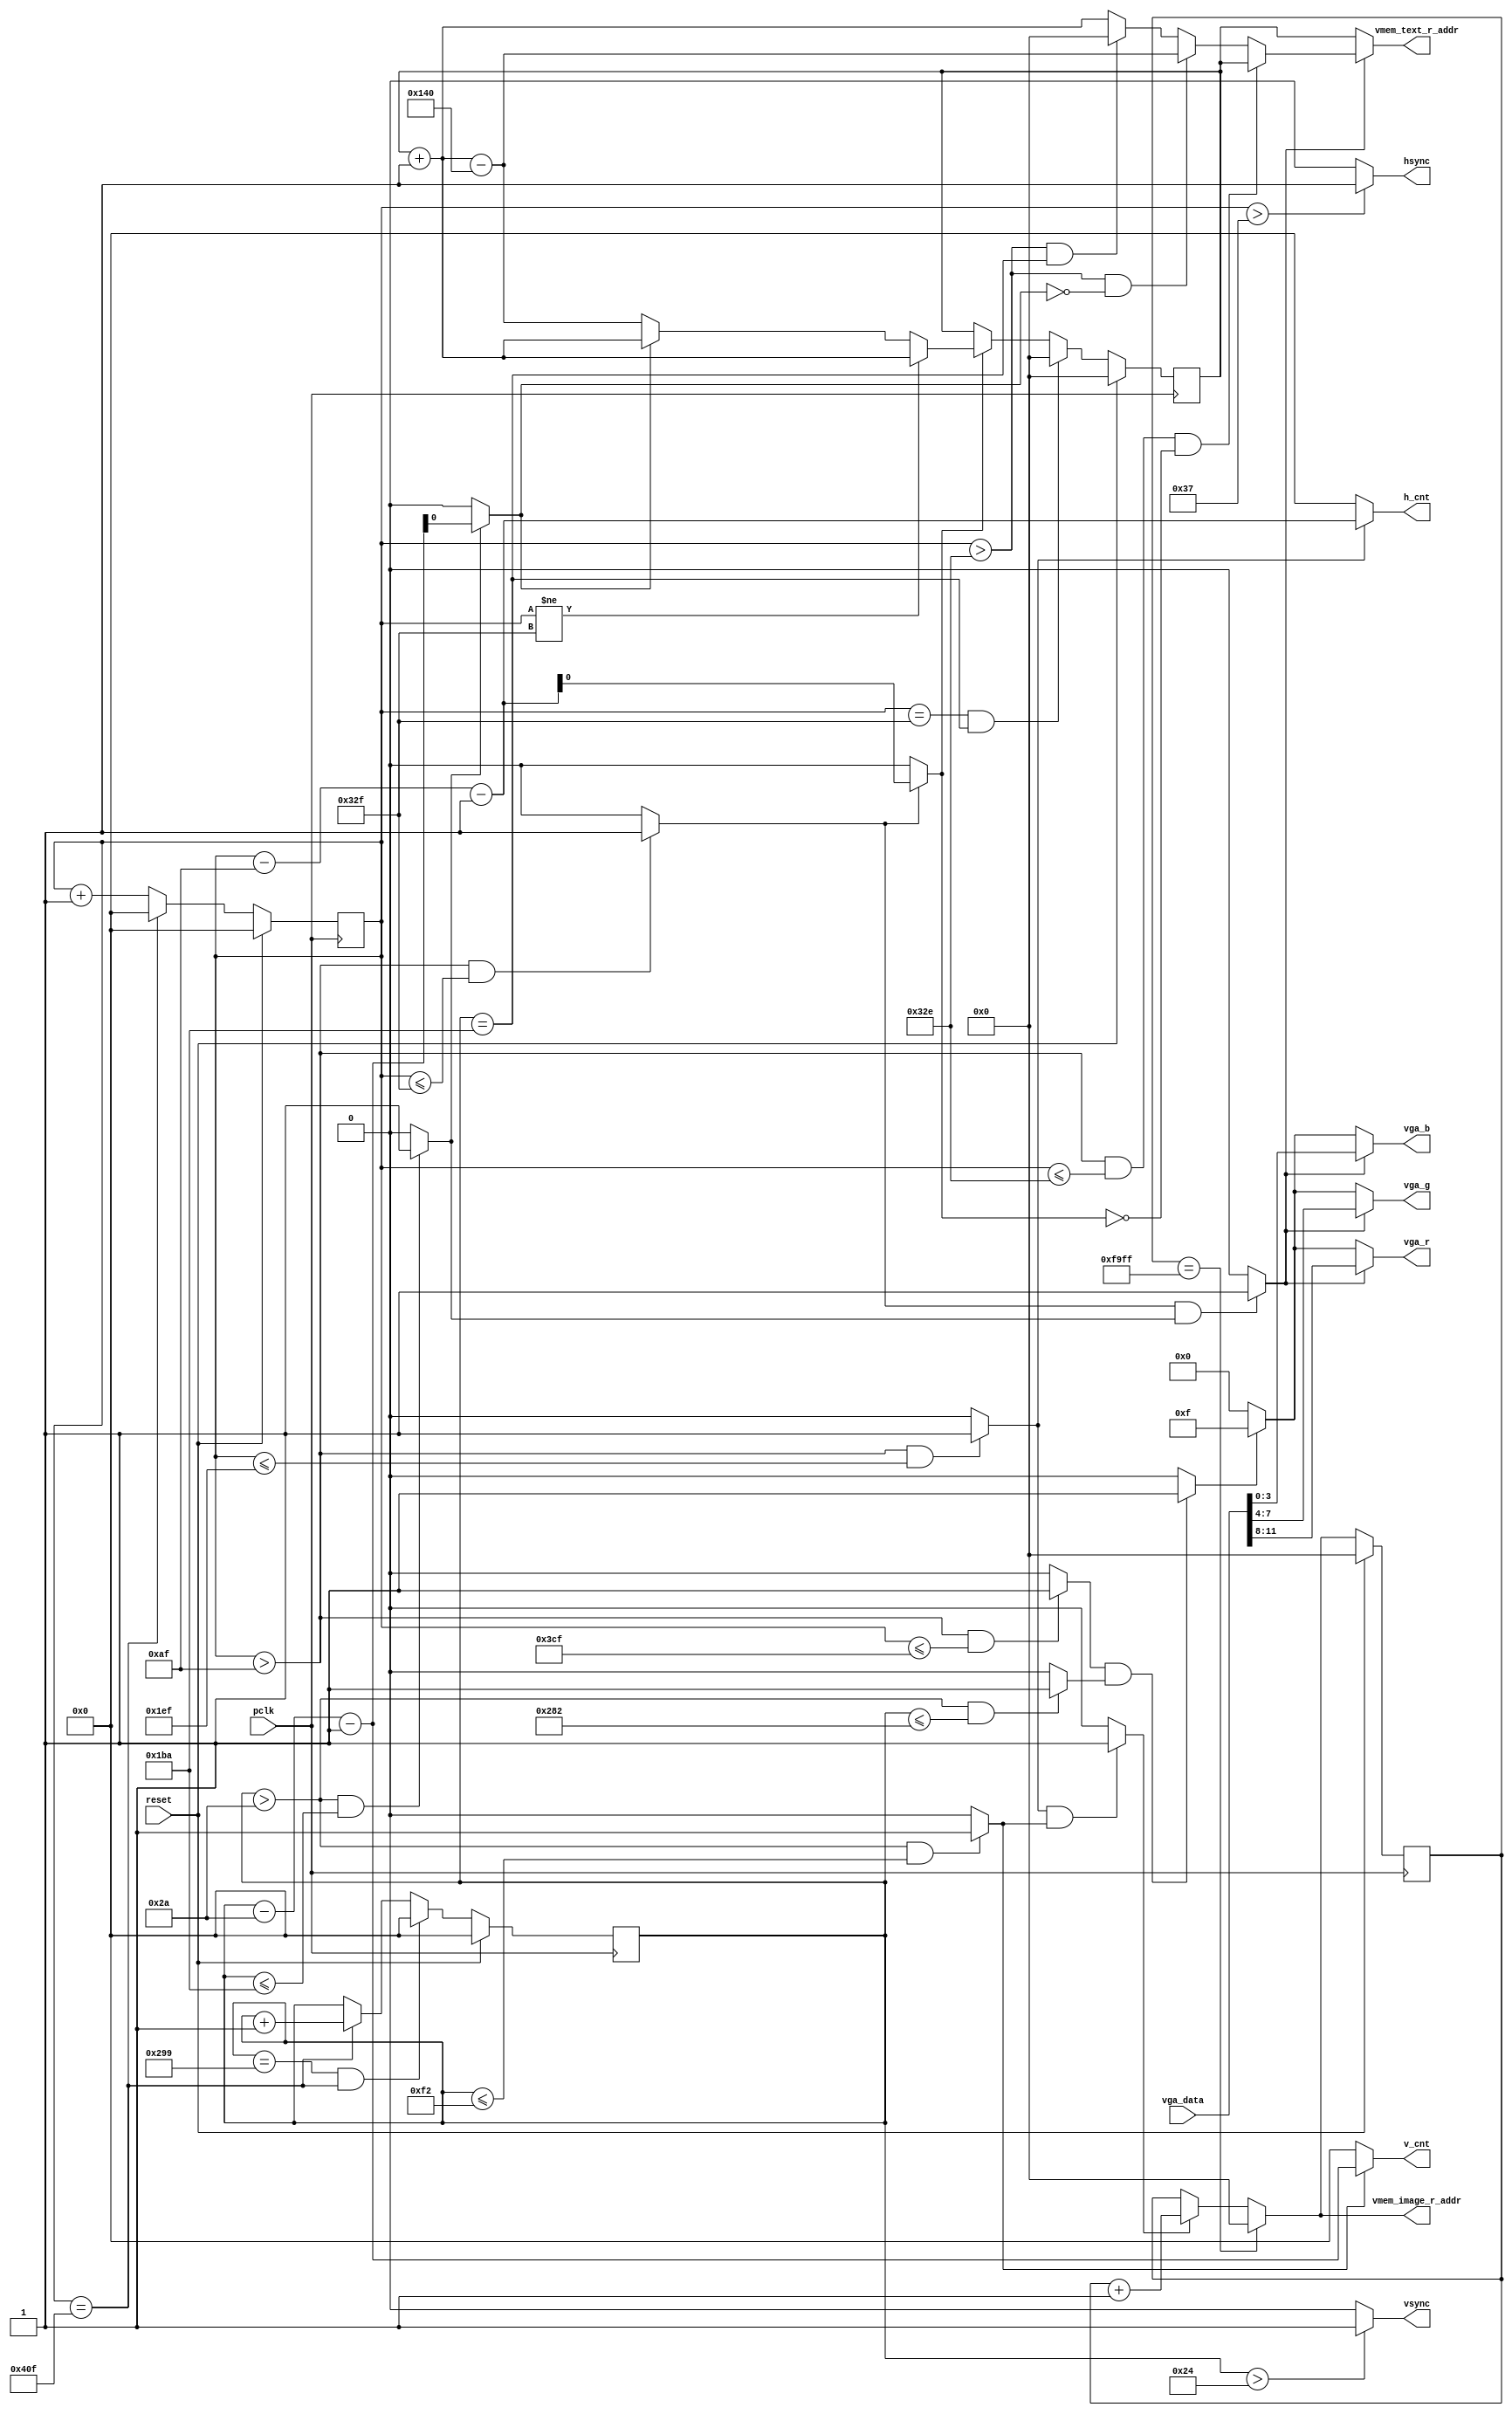
module vga_dis # (
    parameter     h_frontporch = 56-1,
    parameter     h_active = 56+120-1,
    parameter     h_backporch = 56+120+800-1,
    parameter     h_total = 56+120+800+64-1,

    parameter     v_frontporch = 37-1,
    parameter     v_active = 37+6-1,
    parameter     v_backporch = 37+6+600-1,
    parameter     v_total = 37+6+600+23-1,

	parameter     screen_length = 320,
    parameter     screen_width = 200,
	
    parameter     X_WIDTH = 11,
    parameter     Y_WIDTH = 11,

    parameter     VMEM_ADDR_WIDTH = 20 )
    (
    input                            pclk,
    input                            reset,

	input      [11:0]                vga_data,
	
	output reg [VMEM_ADDR_WIDTH-1:0] vmem_image_r_addr,
	
	output reg [VMEM_ADDR_WIDTH-1:0] vmem_text_r_addr,
    output     [X_WIDTH-1:0]         h_cnt,
    output     [Y_WIDTH-1:0]         v_cnt,

    output                           hsync,
    output                           vsync,
	output     reg [3:0]                 vga_r,
    output     reg [3:0]                 vga_g,
    output     reg [3:0]                 vga_b
    );

    localparam max_pixel_addr = screen_length*screen_width-1;
	localparam h_limit = h_active + screen_length;
	localparam v_limit = v_active + screen_width;

    reg   [X_WIDTH-1:0]    x_cnt;
    reg   [Y_WIDTH-1:0]    y_cnt;

	reg [VMEM_ADDR_WIDTH-1:0] cur_pixel_addr;
	reg [VMEM_ADDR_WIDTH-1:0] cur_text_addr;

    wire         h_valid;
    wire         h_800_valid;
    wire         v_valid;
    wire         v_600_valid;
    wire         valid;
    wire         valid_800x600;

    always @(posedge pclk)
        if (reset == 1'b1)
            x_cnt <= 0;
        else begin
            if (x_cnt == h_total)
                x_cnt <= 0;
            else
                x_cnt <= x_cnt + 1;
        end

    always @(posedge pclk)
        if (reset == 1'b1)
            y_cnt <= 0;
        else begin
            if ((y_cnt == v_total) & (x_cnt == h_total))
                y_cnt <= 0;
            else if (x_cnt == h_total)
                y_cnt <= y_cnt + 1;
        end

    assign hsync = ((x_cnt > h_frontporch)) ? 1'b1 : 1'b0;
    assign vsync = ((y_cnt > v_frontporch)) ? 1'b1 : 1'b0;

    assign h_valid = ((x_cnt > h_active) & (x_cnt <= h_limit)) ? 1'b1 : 1'b0;
    assign v_valid = ((y_cnt > v_active) & (y_cnt <= v_limit)) ? 1'b1 : 1'b0;

    assign valid = (h_valid & v_valid) ? 1'b1 : 1'b0;

	assign h_cnt = (h_valid) ? x_cnt - h_active - 1'b1 : {X_WIDTH{1'b0}};
    assign v_cnt = (v_valid) ? y_cnt - v_active - 1'b1 : {Y_WIDTH{1'b0}};


    //vmem_image_r_addr is prefetch pixel addr
	always @ (posedge pclk) begin
	    if(reset == 1'b1)
		    cur_pixel_addr <= 0;
		else if(cur_pixel_addr == max_pixel_addr)
		    cur_pixel_addr <= 0;
		else if(valid)
		    cur_pixel_addr <= cur_pixel_addr + 1;
		else
		    cur_pixel_addr <= cur_pixel_addr;
	end
	always @ (*) begin
	    if(cur_pixel_addr == max_pixel_addr)
		    vmem_image_r_addr = 0;
		else if(valid)
		    vmem_image_r_addr = cur_pixel_addr + 1;
		else
		    vmem_image_r_addr = cur_pixel_addr;
	end

    localparam h_expand_limit = h_active + screen_length*2;
    localparam v_expand_limit = v_active + screen_width*2;
    localparam h_expand_text_num = screen_length;
    wire h_expand_valid = ((x_cnt > h_active) & (x_cnt <= h_expand_limit)) ? 1'b1 : 1'b0;
    wire v_expand_valid = ((y_cnt > v_active) & (y_cnt <= v_expand_limit)) ? 1'b1 : 1'b0;
    wire expand_valid = (h_expand_valid & v_expand_valid) ? 1'b1 : 1'b0;
    wire [X_WIDTH-1:0] h_expand_cnt = (h_expand_valid) ? x_cnt - h_active - 1'b1 : {X_WIDTH{1'b0}};
    wire [Y_WIDTH-1:0] v_expand_cnt = (v_expand_valid) ? y_cnt - v_active - 1'b1 : {Y_WIDTH{1'b0}};
    //vmem_text_r_addr is prefetch text addr
    always @ (posedge pclk) begin
        if(reset == 1'b1)
            cur_text_addr <= 0;
        else if((x_cnt == h_expand_limit) && (y_cnt == v_expand_limit))
            cur_text_addr <= 0;
        else if(h_expand_cnt[0] == 1'b1) begin
            if(x_cnt != h_expand_limit)
                cur_text_addr <= cur_text_addr + 1'b1;
            else begin
                if(v_expand_cnt[0] == 1'b1)
                    cur_text_addr <= cur_text_addr + 1'b1;
                else
                    cur_text_addr <= cur_text_addr + 1'b1 - h_expand_text_num;
            end
        end
    end
    always @ (*) begin
        if(expand_valid == 1'b0)
            vmem_text_r_addr = cur_text_addr;
        else if((x_cnt > h_active) && (x_cnt <= (h_expand_limit-1)) && (h_expand_cnt[0]==1'b0))
            vmem_text_r_addr = cur_text_addr;
        else if((x_cnt > (h_expand_limit-1)) && (v_expand_cnt[0]==1'b0))
            vmem_text_r_addr = cur_text_addr + 1 - h_expand_text_num;
        else if((x_cnt > (h_expand_limit-1)) && (y_cnt == v_expand_limit))
            vmem_text_r_addr = 0;
        else
            vmem_text_r_addr = cur_text_addr + 1'b1;
    end

    assign h_800_valid = ((x_cnt > h_active) & (x_cnt <= h_backporch)) ? 1'b1 : 1'b0;
    assign v_600_valid = ((y_cnt > v_active) & (y_cnt <= v_backporch)) ? 1'b1 : 1'b0;
    assign valid_800x600 = (h_800_valid & v_600_valid) ? 1'b1 : 1'b0;
    always @ (*)
        if(expand_valid) begin
            vga_r = vga_data[11:8];
            vga_g = vga_data[7:4];
            vga_b = vga_data[3:0];
        end
        else if(valid_800x600) begin
            vga_r = 4'hf;
            vga_g = 4'hf;
            vga_b = 4'hf;
        end
        else begin
            vga_r = 4'd0;
            vga_g = 4'd0;
            vga_b = 4'd0;
        end

endmodule